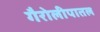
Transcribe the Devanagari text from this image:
गैरोलीपातल